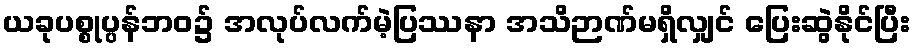
ယခုပစ္စုပ္ပန်ဘဝ၌ အလုပ်လက်မဲ့ပြဿနာ အသိဉာဏ်မရှိလျှင် ပြေးဆွဲနိုင်ပြီး